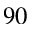
^ { 9 0 }